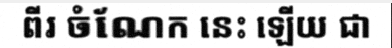
ពីរ ចំណែក នេះ ឡើយ ជា